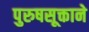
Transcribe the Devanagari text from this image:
पुरुषसूक्ताने